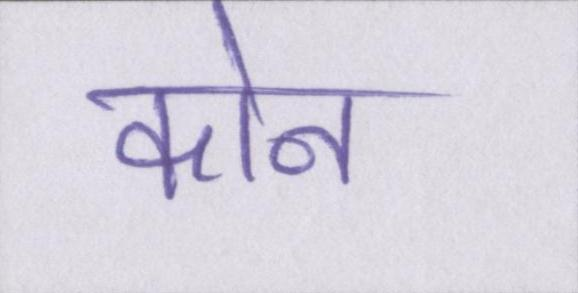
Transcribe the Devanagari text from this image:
कोन